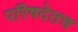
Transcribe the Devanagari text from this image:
परिषदेतच